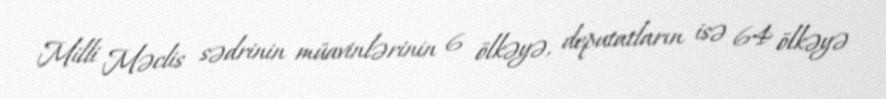
Milli Məclis sədrinin müavinlərinin 6 ölkəyə, deputatların isə 64 ölkəyə